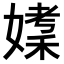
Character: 𪦘